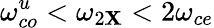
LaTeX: \omega_{co}^{u}<\omega_{2\mathbf{X}}<2\omega_{ce}